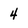
Character: 4